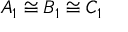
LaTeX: A _ { 1 } \cong B _ { 1 } \cong C _ { 1 }